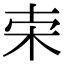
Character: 𣐁